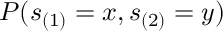
P ( s _ { ( 1 ) } = x , s _ { ( 2 ) } = y )